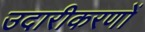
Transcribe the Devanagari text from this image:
उदारीकरणों